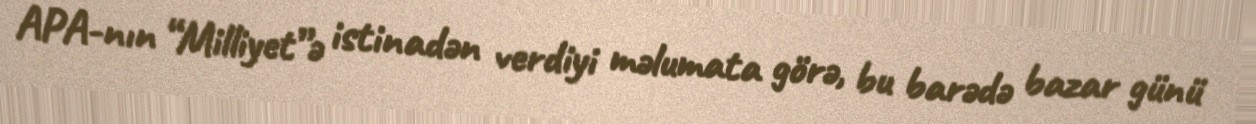
APA-nın “Milliyet”ə istinadən verdiyi məlumata görə, bu barədə bazar günü